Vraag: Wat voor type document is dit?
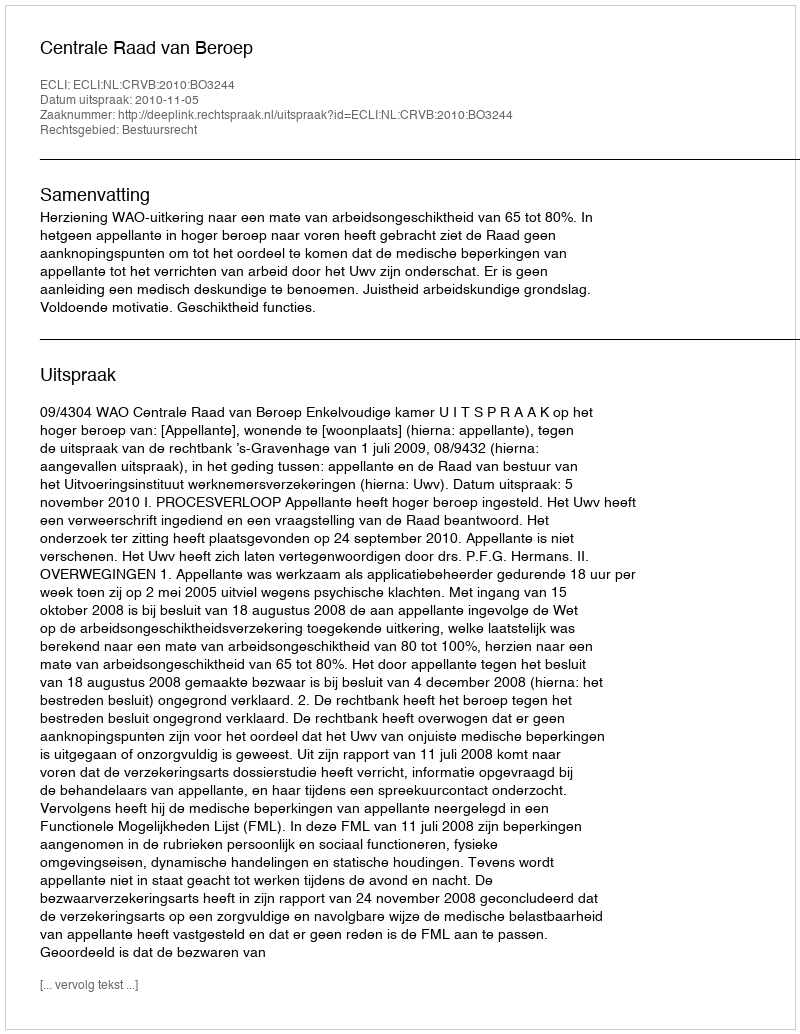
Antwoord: Uitspraak